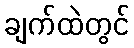
ချက်ထဲတွင်